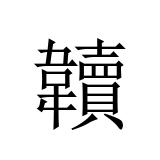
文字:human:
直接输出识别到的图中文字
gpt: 韥